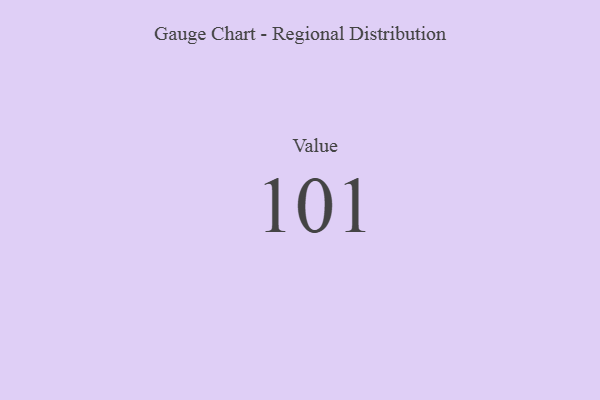
{"axis": {"x": "Metric", "y": "Value"}, "legend": [""], "data": [{"x": "Value", "y": 101, "type": ""}]}